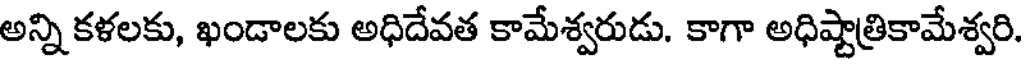
అన్ని కళలకు, ఖండాలకు అధిదేవత కామేశ్వరుడు. కాగా అధిష్టాత్రికామేశ్వరి.